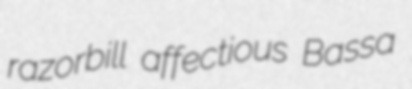
razorbill affectious Bassa